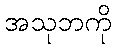
အသုဘကို